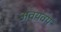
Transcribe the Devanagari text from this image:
अवयवय